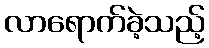
လာရောက်ခဲ့သည့်